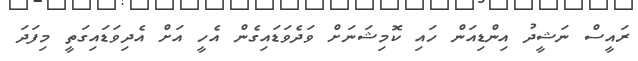
ރައީސް ނަޝީދު އިންޑިއަން ހައި ކޮމިޝަނަށް ވަދެވަޑައިގެން އެހީ އަށް އެދިވަޑައިގަތީ މިފަދަ